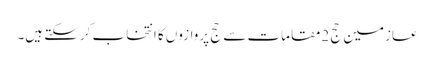
عازمین حج 2مقامات سے حج پروازوں کا انتخاب کرسکتے ہیں۔